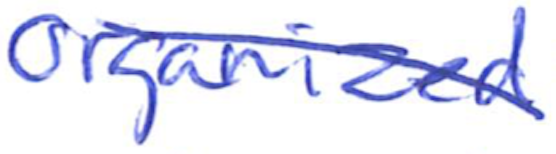
Text: Organized
Cross-out: diagonal
Writing tool: ballpoint